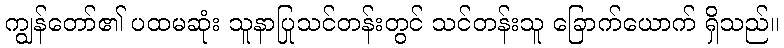
ကျွန်တော်၏ ပထမဆုံး သူနာပြုသင်တန်းတွင် သင်တန်းသူ ခြောက်ယောက် ရှိသည်။